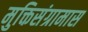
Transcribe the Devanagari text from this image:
मुक्तिसंग्रामास